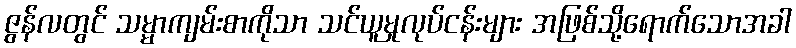
ဇွန်လတွင် သမ္မာကျမ်းစာကိုသာ သင်ယူမှုလုပ်ငန်းများ အဖြစ်သို့ရောက်သောအခါ